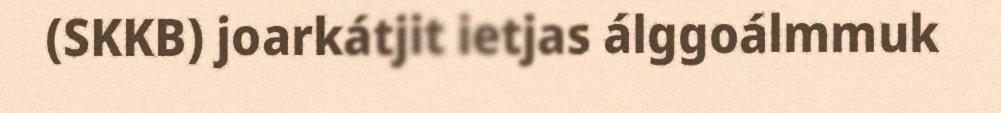
(SKKB) joarkátjit ietjas álggoálmmuk